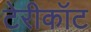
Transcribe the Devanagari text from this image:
टेरीकॉट